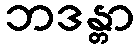
ဘဒန္တာ